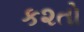
ક૨તો